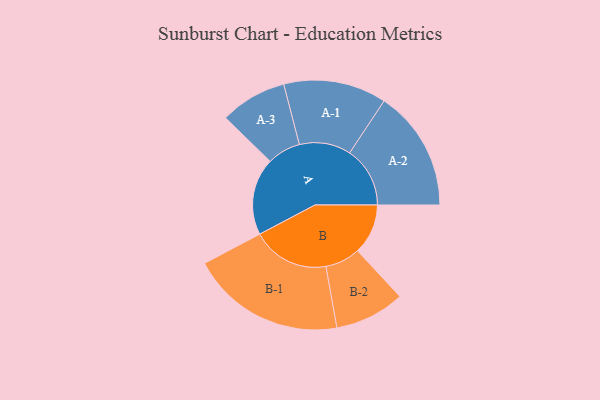
{"axis": {"x": "Segment", "y": "Value"}, "legend": ["", "A", "B"], "data": [{"x": "A", "y": 286, "type": ""}, {"x": "B", "y": 187, "type": ""}, {"x": "A-1", "y": 191, "type": "A"}, {"x": "A-2", "y": 224, "type": "A"}, {"x": "A-3", "y": 124, "type": "A"}, {"x": "B-1", "y": 287, "type": "B"}, {"x": "B-2", "y": 130, "type": "B"}]}